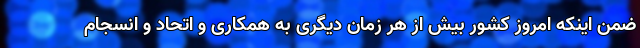
ضمن اینکه امروز کشور بیش از هر زمان دیگری به همکاری و اتحاد و انسجام